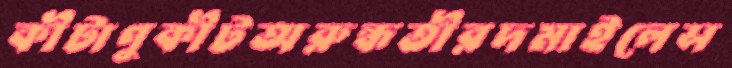
কীটাণুকীটঅরুন্ধতীরদমাইলেস